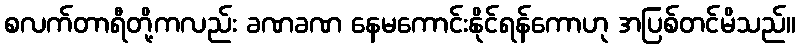
စလက်တာရီတို့ကလည်း ခဏခဏ နေမကောင်းနိုင်ရန်ကောဟု အပြစ်တင်မိသည်။